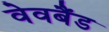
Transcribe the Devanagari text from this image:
वेवबैंड